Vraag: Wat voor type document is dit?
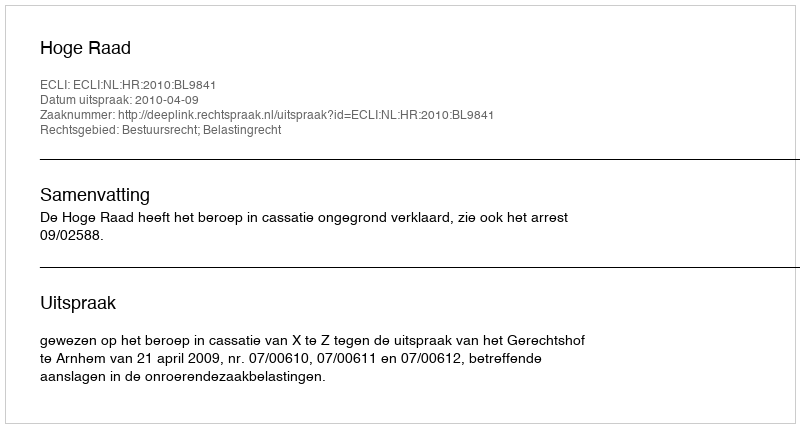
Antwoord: Uitspraak